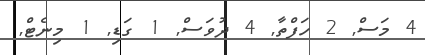
4 މަސް